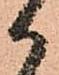
か